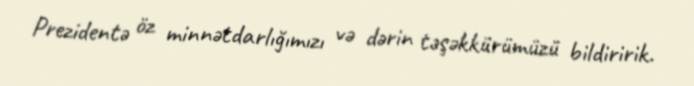
Prezidentə öz minnətdarlığımızı və dərin təşəkkürümüzü bildiririk.